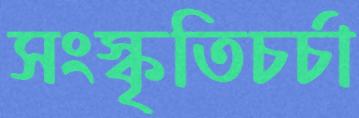
সংস্কৃতিচর্চা